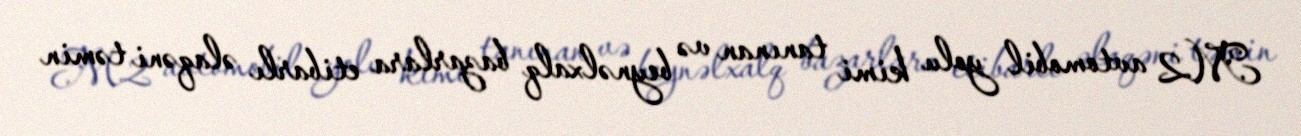
M2 avtomobil yolu kimi tanınan və beynəlxalq bazarlara etibarlı əlaqəni təmin